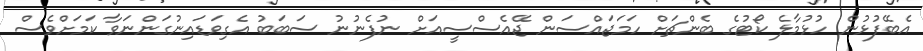
އެބޭފުޅުން ހުޅުމާލެ ކޯޓުގެ ބެންޗަށް ހަމަޖައްސަން ޖޭއެސްސީއަށް ނުފެނުނު ސަބަބު އެގިވަޑައިނުގަންނަވާ ކަމަށްވެސް